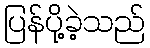
ပြန်ပို့ခဲ့သည်